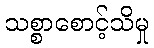
သစ္စာစောင့်သိမှု